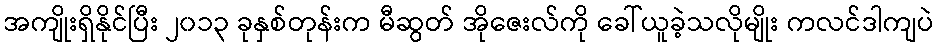
အကျိုးရှိနိုင်ပြီး ၂၀၁၃ ခုနှစ်တုန်းက မီဆွတ် အိုဇေးလ်ကို ခေါ်ယူခဲ့သလိုမျိုး ကလင်ဒါကျပဲ